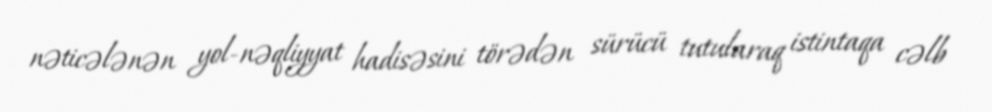
nəticələnən yol-nəqliyyat hadisəsini törədən sürücü tutularaq istintaqa cəlb